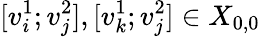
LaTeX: [v_{i}^{1};v_{j}^{2}],[v_{k}^{1};v_{j}^{2}]\in X_{0,0}